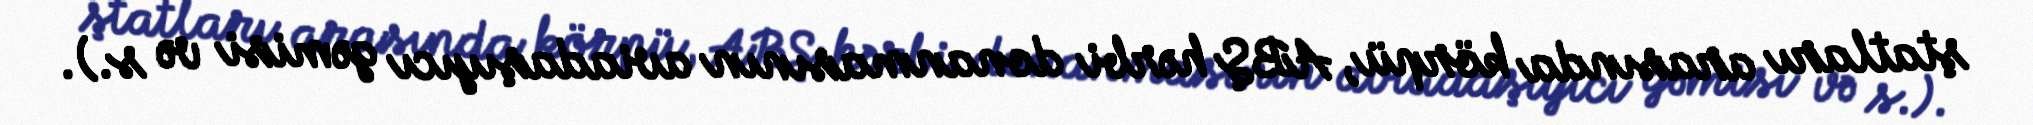
ştatları arasında körpü, ABŞ hərbi donanmasının aviadaşıyıcı gəmisi və s.).